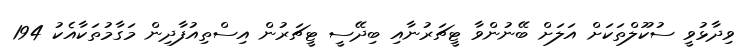
ވިދާޅުވީ ސުކޫލްތަކަށް އަލަށް ބޭނުންވާ ޓީޗަރުނާއި ބިދޭސީ ޓީޗަރުން އިސްތިއުފާދިން މަގާމުތަކާއެކު 194